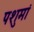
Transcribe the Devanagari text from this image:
पशुमां